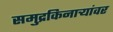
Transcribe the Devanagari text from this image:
समुद्रकिनाऱ्यांवर